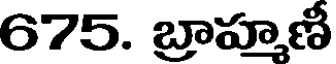
675. బ్రాహ్మణీ